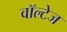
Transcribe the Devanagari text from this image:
वॉल्टेज